65_HS1-834228961_62-HQ-83894_Section_3
Agency: FBI
Page 6
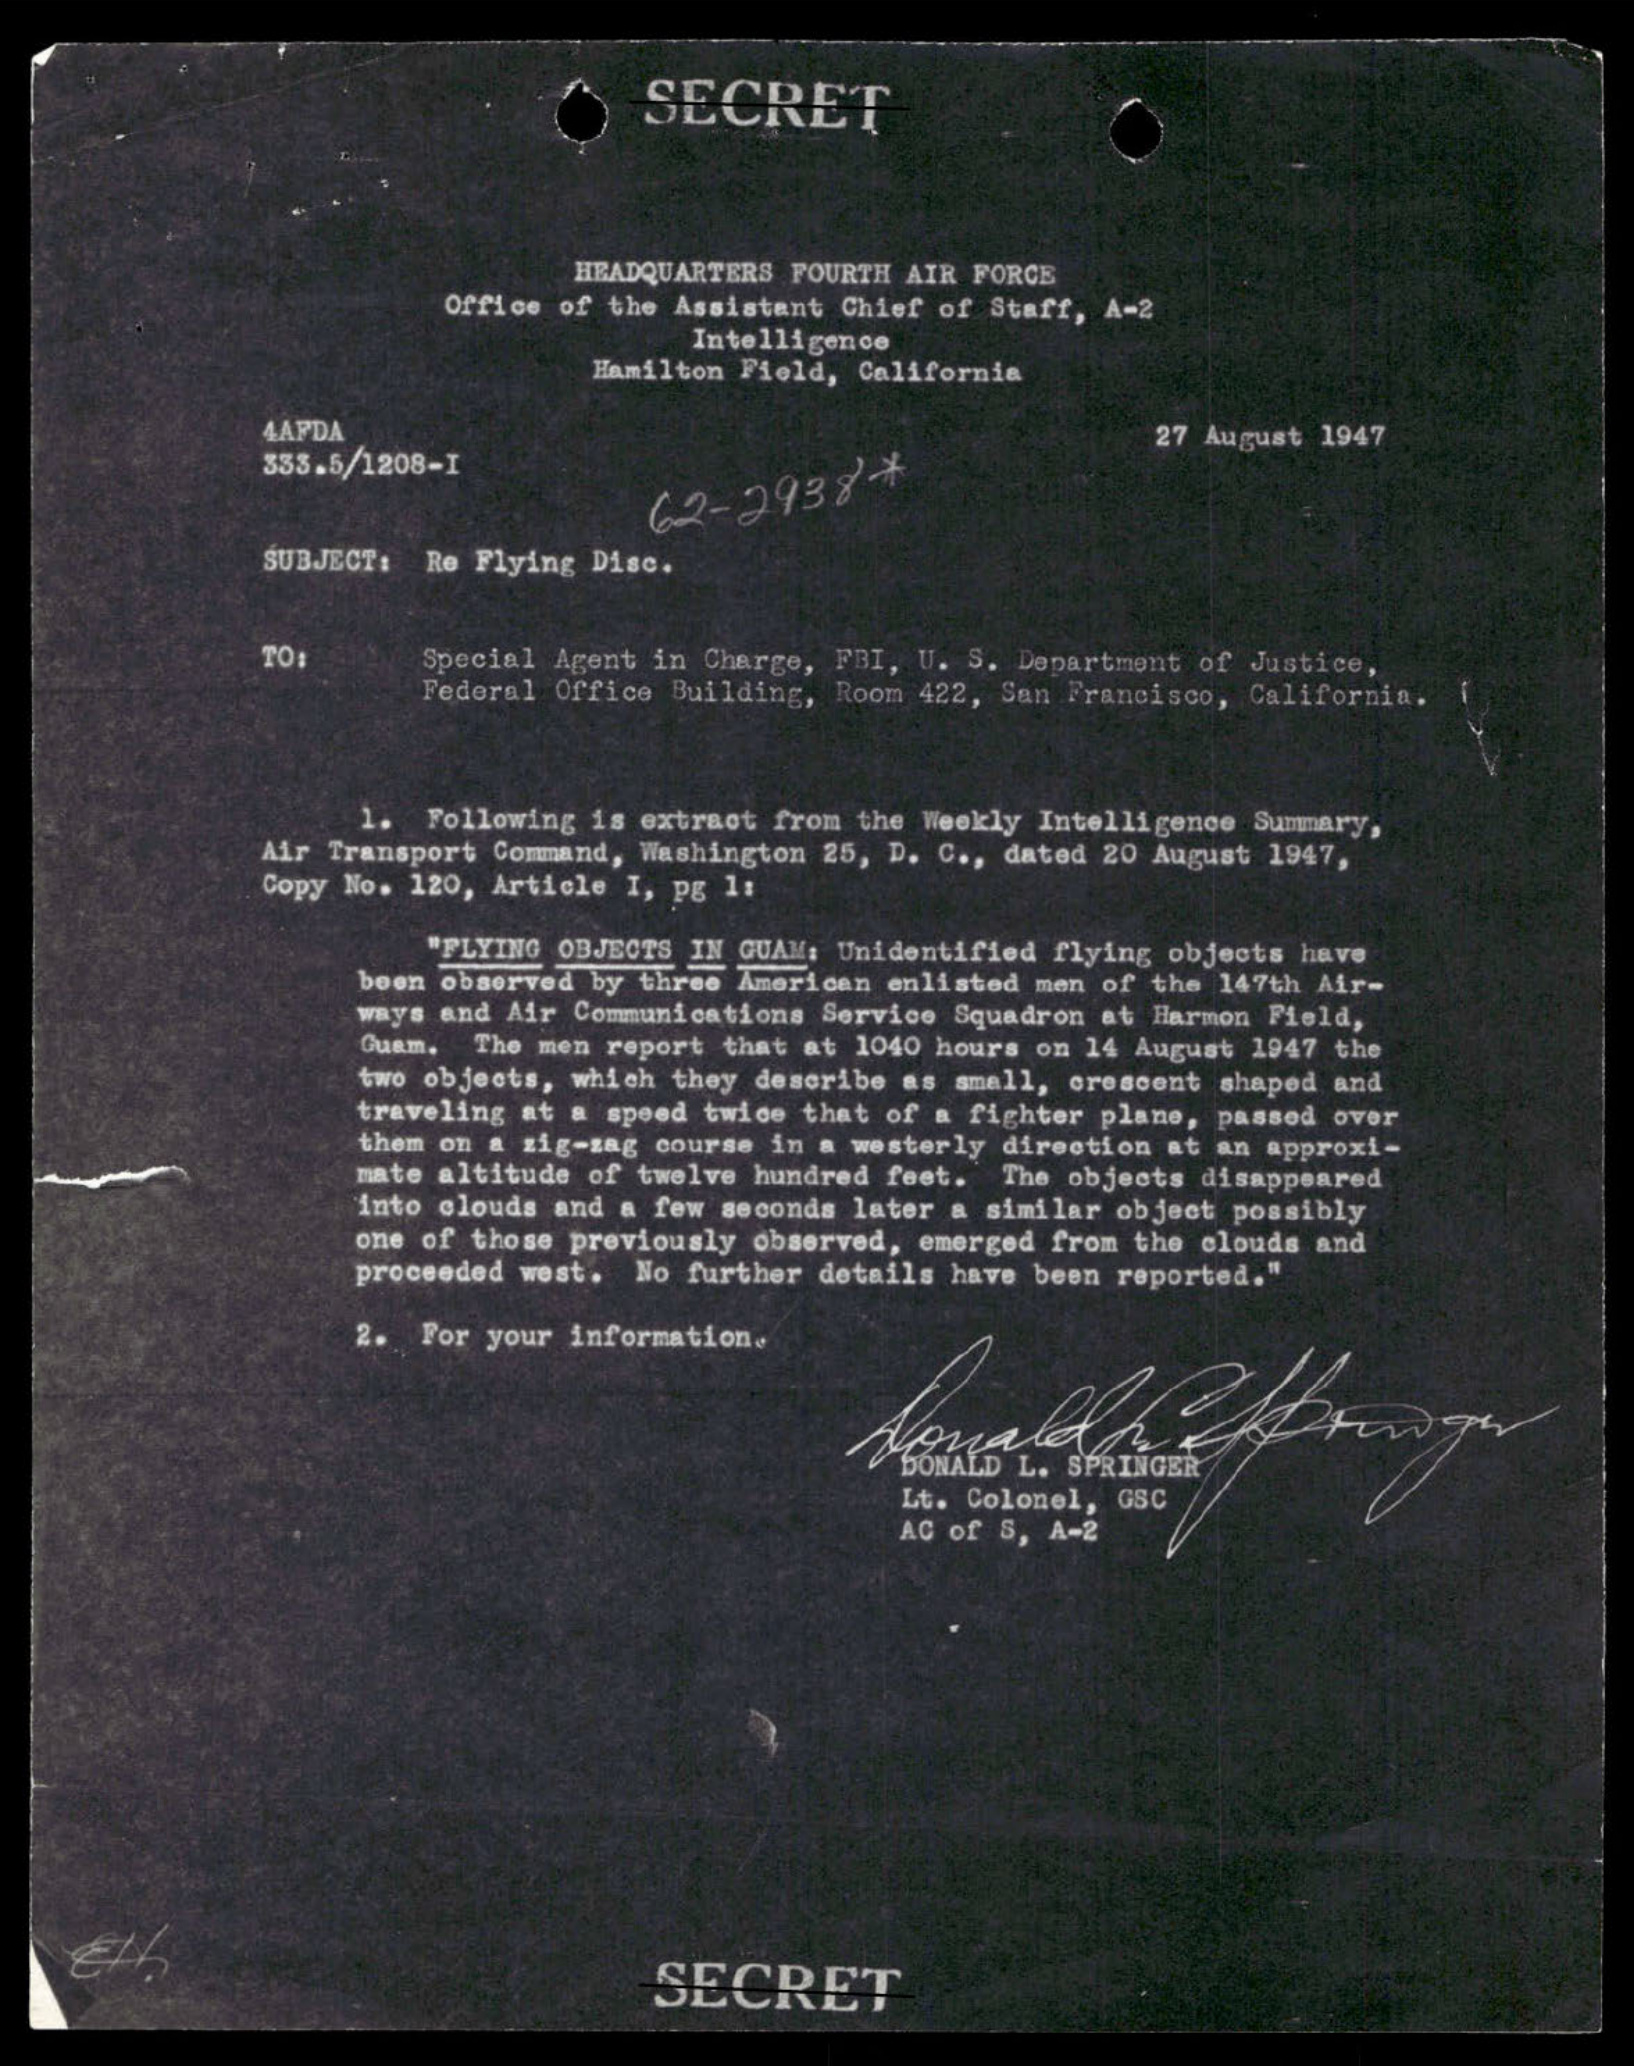